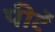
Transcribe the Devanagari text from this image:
पीटें